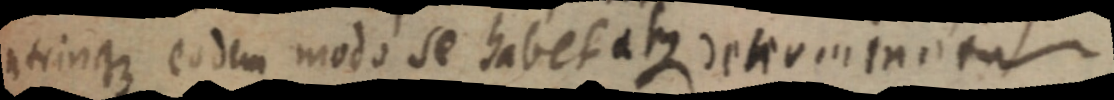
utrinque eodem modo se habet atque determinatur